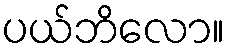
ပယ်ဘိလော။